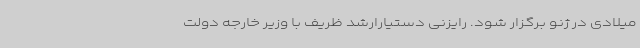
میلادی در ژنو برگزار شود. رایزنی دستیارارشد ظریف با وزیر خارجه دولت